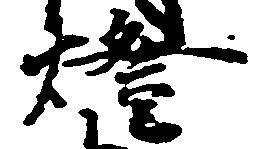
燈